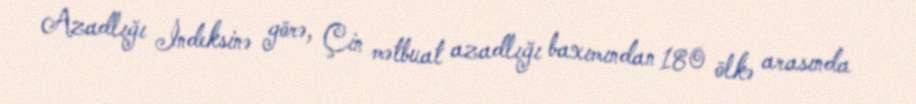
Azadlığı İndeksinə görə, Çin mətbuat azadlığı baxımından 180 ölkə arasında